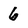
Character: 6